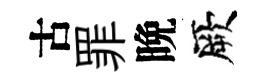
古罪晩厥